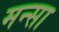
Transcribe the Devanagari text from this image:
मन्सा